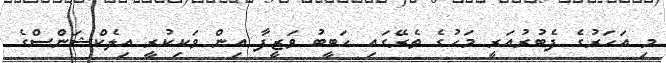
މި އަހަރުގެ ފެބުރުއަރީ މަހުގެ ތެރޭގައި ހަބީބު ވަޒީފާ އިން ވަކިކުރީ އިލެކްޝަންސްގެ